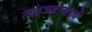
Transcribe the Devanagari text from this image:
त्‍यांच्‍यामध्‍ये